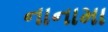
નાનામા